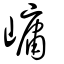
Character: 㟾